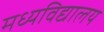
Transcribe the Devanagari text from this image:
मध्यविद्यालय